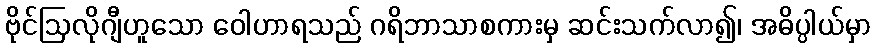
ဗိုင်ဩလိုဂျီဟူသော ဝေါဟာရသည် ဂရိဘာသာစကားမှ ဆင်းသက်လာ၍၊ အဓိပ္ပါယ်မှာ